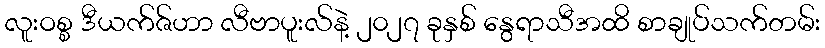
လူးဝစ္စ ဒီယက်ဇ်ဟာ လီဗာပူးလ်နဲ့ ၂၀၂၇ ခုနှစ် နွေရာသီအထိ စာချုပ်သက်တမ်း